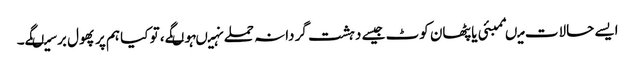
ایسے حالات میںممبئی یا پٹھان کوٹ جیسے دہشت گردانہ حملے نہیںہوںگے، تو کیا ہم پر پھول برسیںگے۔